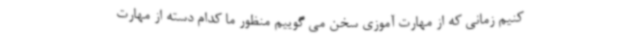
کنیم زمانی که از مهارت آموزی سخن می گوییم منظور ما کدام دسته از مهارت